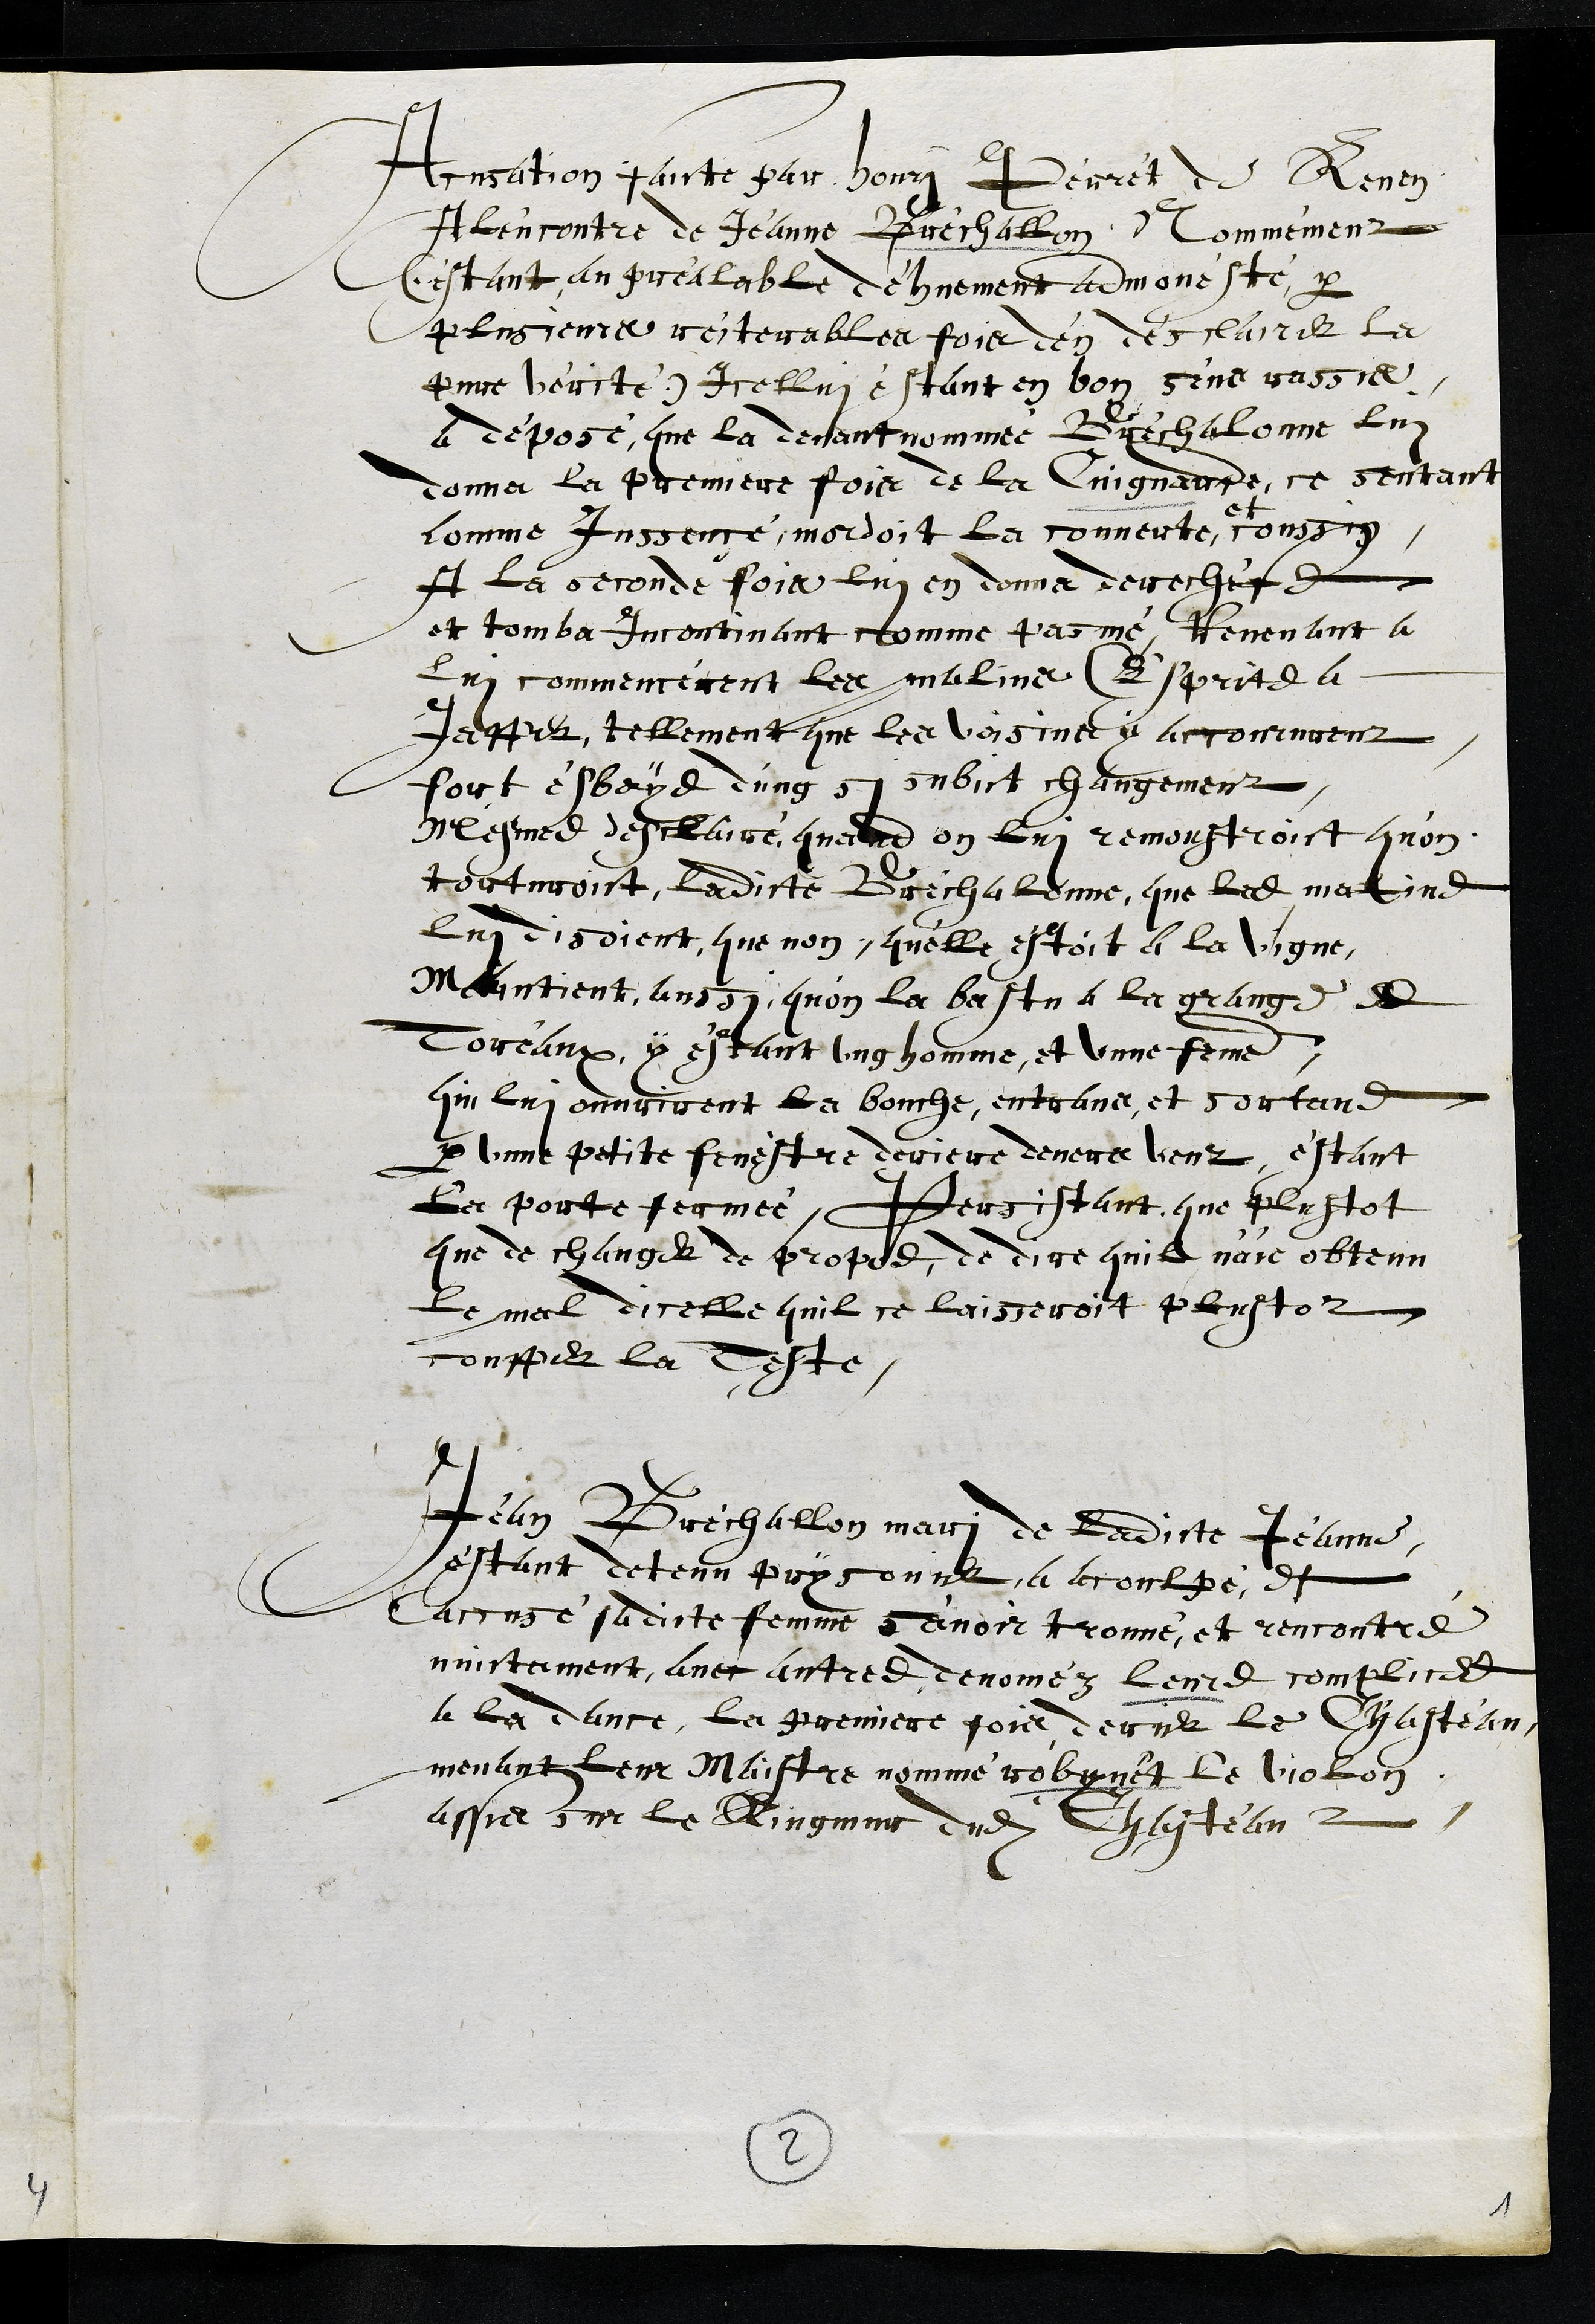
Acusation faicte par Henry Pérrét de Renen
Al'encontre de Jeanne Bréchallon, Nommément
Cestant en préalable déhuement admonésté par
plusieurs reiterables fois d'en désclairer la
pure vérité) Icellui éstant en bon sins rassis,
a déposé, que la devant nommée Bréchalonne lui
donna la premiere fois de la Cuignarde, ce sentant
comme Inssencé, mordoit la couverte, et coussin
A la seconde fois lui en donna derechefs
et tomba Incontinant comme pasmé, Revenant a
lui commencérent les malins Esprits a
Japper, tellement que les voisins y accoururent,
fort esbays dung si subict changement,
Mesmes desclairé quand on lui remonstroict qu'on
torturoit, ladite Brechalénne, que les malins
lui disoient, que non, quelle estoit a la vigne,
Maintient aussi quon la bastu a la grange es
Toreaux, y estant ung homme, et unne femme
qui lui ouvrirent la bouche, entrans et sortans
par unne petite fenéstre deriere devers venz, éstant
le porte fermée, Persistant que plustot
que de changer de propos, de dire quil n'aie obtenu
le mal dicelle quil ce laisseroit plustoz
coupper la Teste.
Jean Bréchallon mari de ladicte Jeanne,
estant detenu prysonier, a acoulpé et
accusé sadite femme s'avoir trouvé, et rencontré
nuictament avec autres denoméz leurs complices
a la dance, la premiere fois derier le Chasteau
menant leur Maistre nommé robynet le violon
assis sur le Ringmur dudit Chasteau
2
1